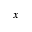
x